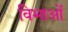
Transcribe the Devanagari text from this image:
विभाओं